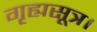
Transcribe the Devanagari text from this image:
गृह्यसूत्र।